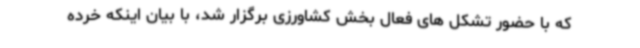
که با حضور تشکل های فعال بخش کشاورزی برگزار شد، با بیان اینکه خرده